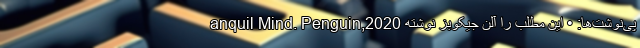
anquil Mind. Penguin,2020 پی‌نوشت‌ها: • این مطلب را آلن جیکوبز نوشته